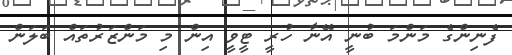
ފެނިންގެ މަންމަ ބުނީ އޭނާ ހުރީ ޓީވީ އިން މި މަންޒަރުތައް ބަލަން